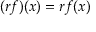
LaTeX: ( r f ) ( x ) = r f ( x )